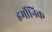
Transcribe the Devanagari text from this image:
हर्मोनिक